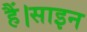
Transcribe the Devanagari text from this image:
हैं।साइन